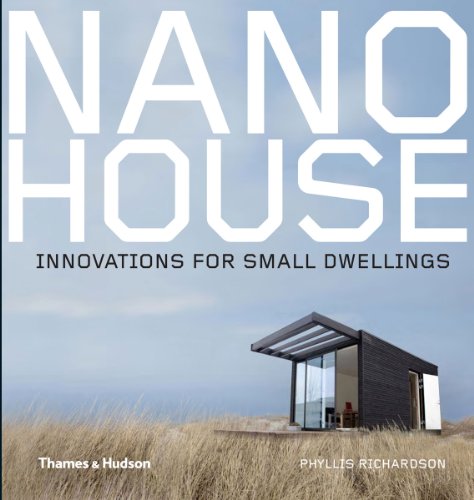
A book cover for Nano House: Innovations for Small Dwellings; Phyllis Richardson; Crafts, Hobbies & Home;